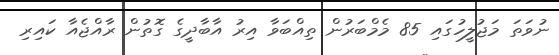
ނުވަތަ މަޖުލީހުގައި 85 މެމްބަރުން ތިއްބަވާ އިރު އާބާދީގެ ގޮތުން ރާއްޖެއާ ކައިރި